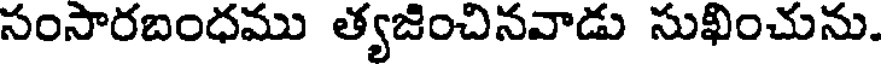
సంసారబంధము త్యజించినవాడు సుఖించును.